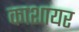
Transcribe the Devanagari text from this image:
काशायर